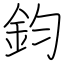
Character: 鈞